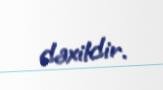
daxildir.